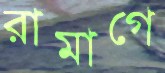
রামাগে